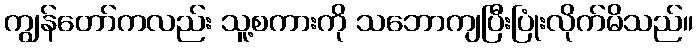
ကျွန်တော်ကလည်း သူ့စကားကို သဘောကျပြီးပြုံးလိုက်မိသည်။